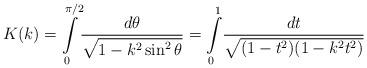
LaTeX: \begin{align*}K(k) = \int\limits_0^{\pi/2} \! \frac{d\theta}{\sqrt{1 - k^2 \sin^2\theta}} = \int\limits_0^1 \! \frac{dt}{\sqrt{(1 - t^2)(1 - k^2t^2)}}\end{align*}